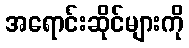
အရောင်းဆိုင်များကို